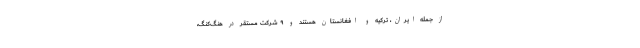
از جمله ایران، ترکیه و افغانستان هستند و ۹ شرکت مستقر در هنگ‌کنگ،